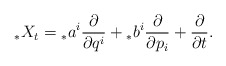
\begin{align*}{_{*}X_{t}}={_{*}a}^{i}\frac{\partial}{\partial q^{i}}+{_{*}b}^{i}\frac{\partial}{\partial p_{i}}+\frac{\partial}{\partial t}.\end{align*}